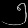
Digit: ၅